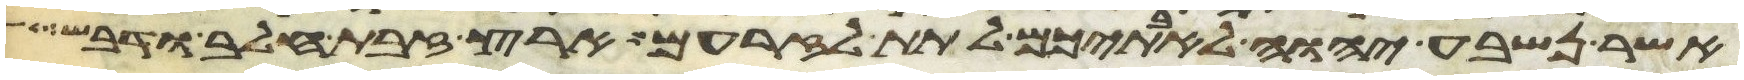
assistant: אשר נשבע יהוה לאבתיכם לתת לזרעם ארץ זבת חלב ודבש